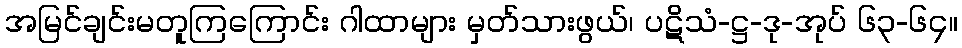
အမြင်ချင်းမတူကြကြောင်း ဂါထာများ မှတ်သားဖွယ်၊ ပဋိသံ-ဋ္ဌ-ဒု-အုပ် ၆၃-၆၄။